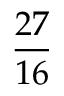
\frac { 2 7 } { 1 6 }